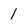
Character: 1